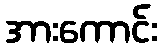
အားကောင်း